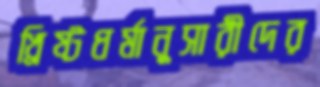
খ্রিষ্টধর্মানুসারীদের